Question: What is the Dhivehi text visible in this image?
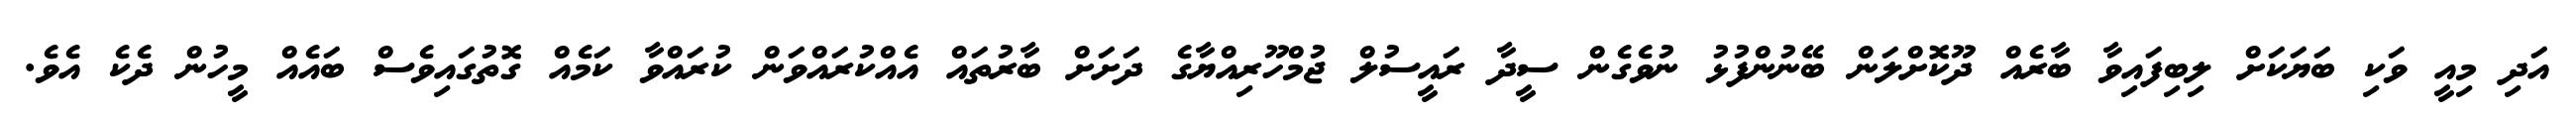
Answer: އަދި މިއީ ވަކި ބަޔަކަށް ލިބިފައިވާ ބާރެއް ދޫކޮށްލަން ބޭނުންފުޅު ނުވެގެން ސީދާ ރައީސުލް ޖުމްހޫރިއްޔާގެ ދަށަށް ބާރުތައް އެއްކުރައްވަން ކުރައްވާ ކަމެއް ގޮތުގައިވެސް ބައެއް މީހުން ދެކެ އެވެ.